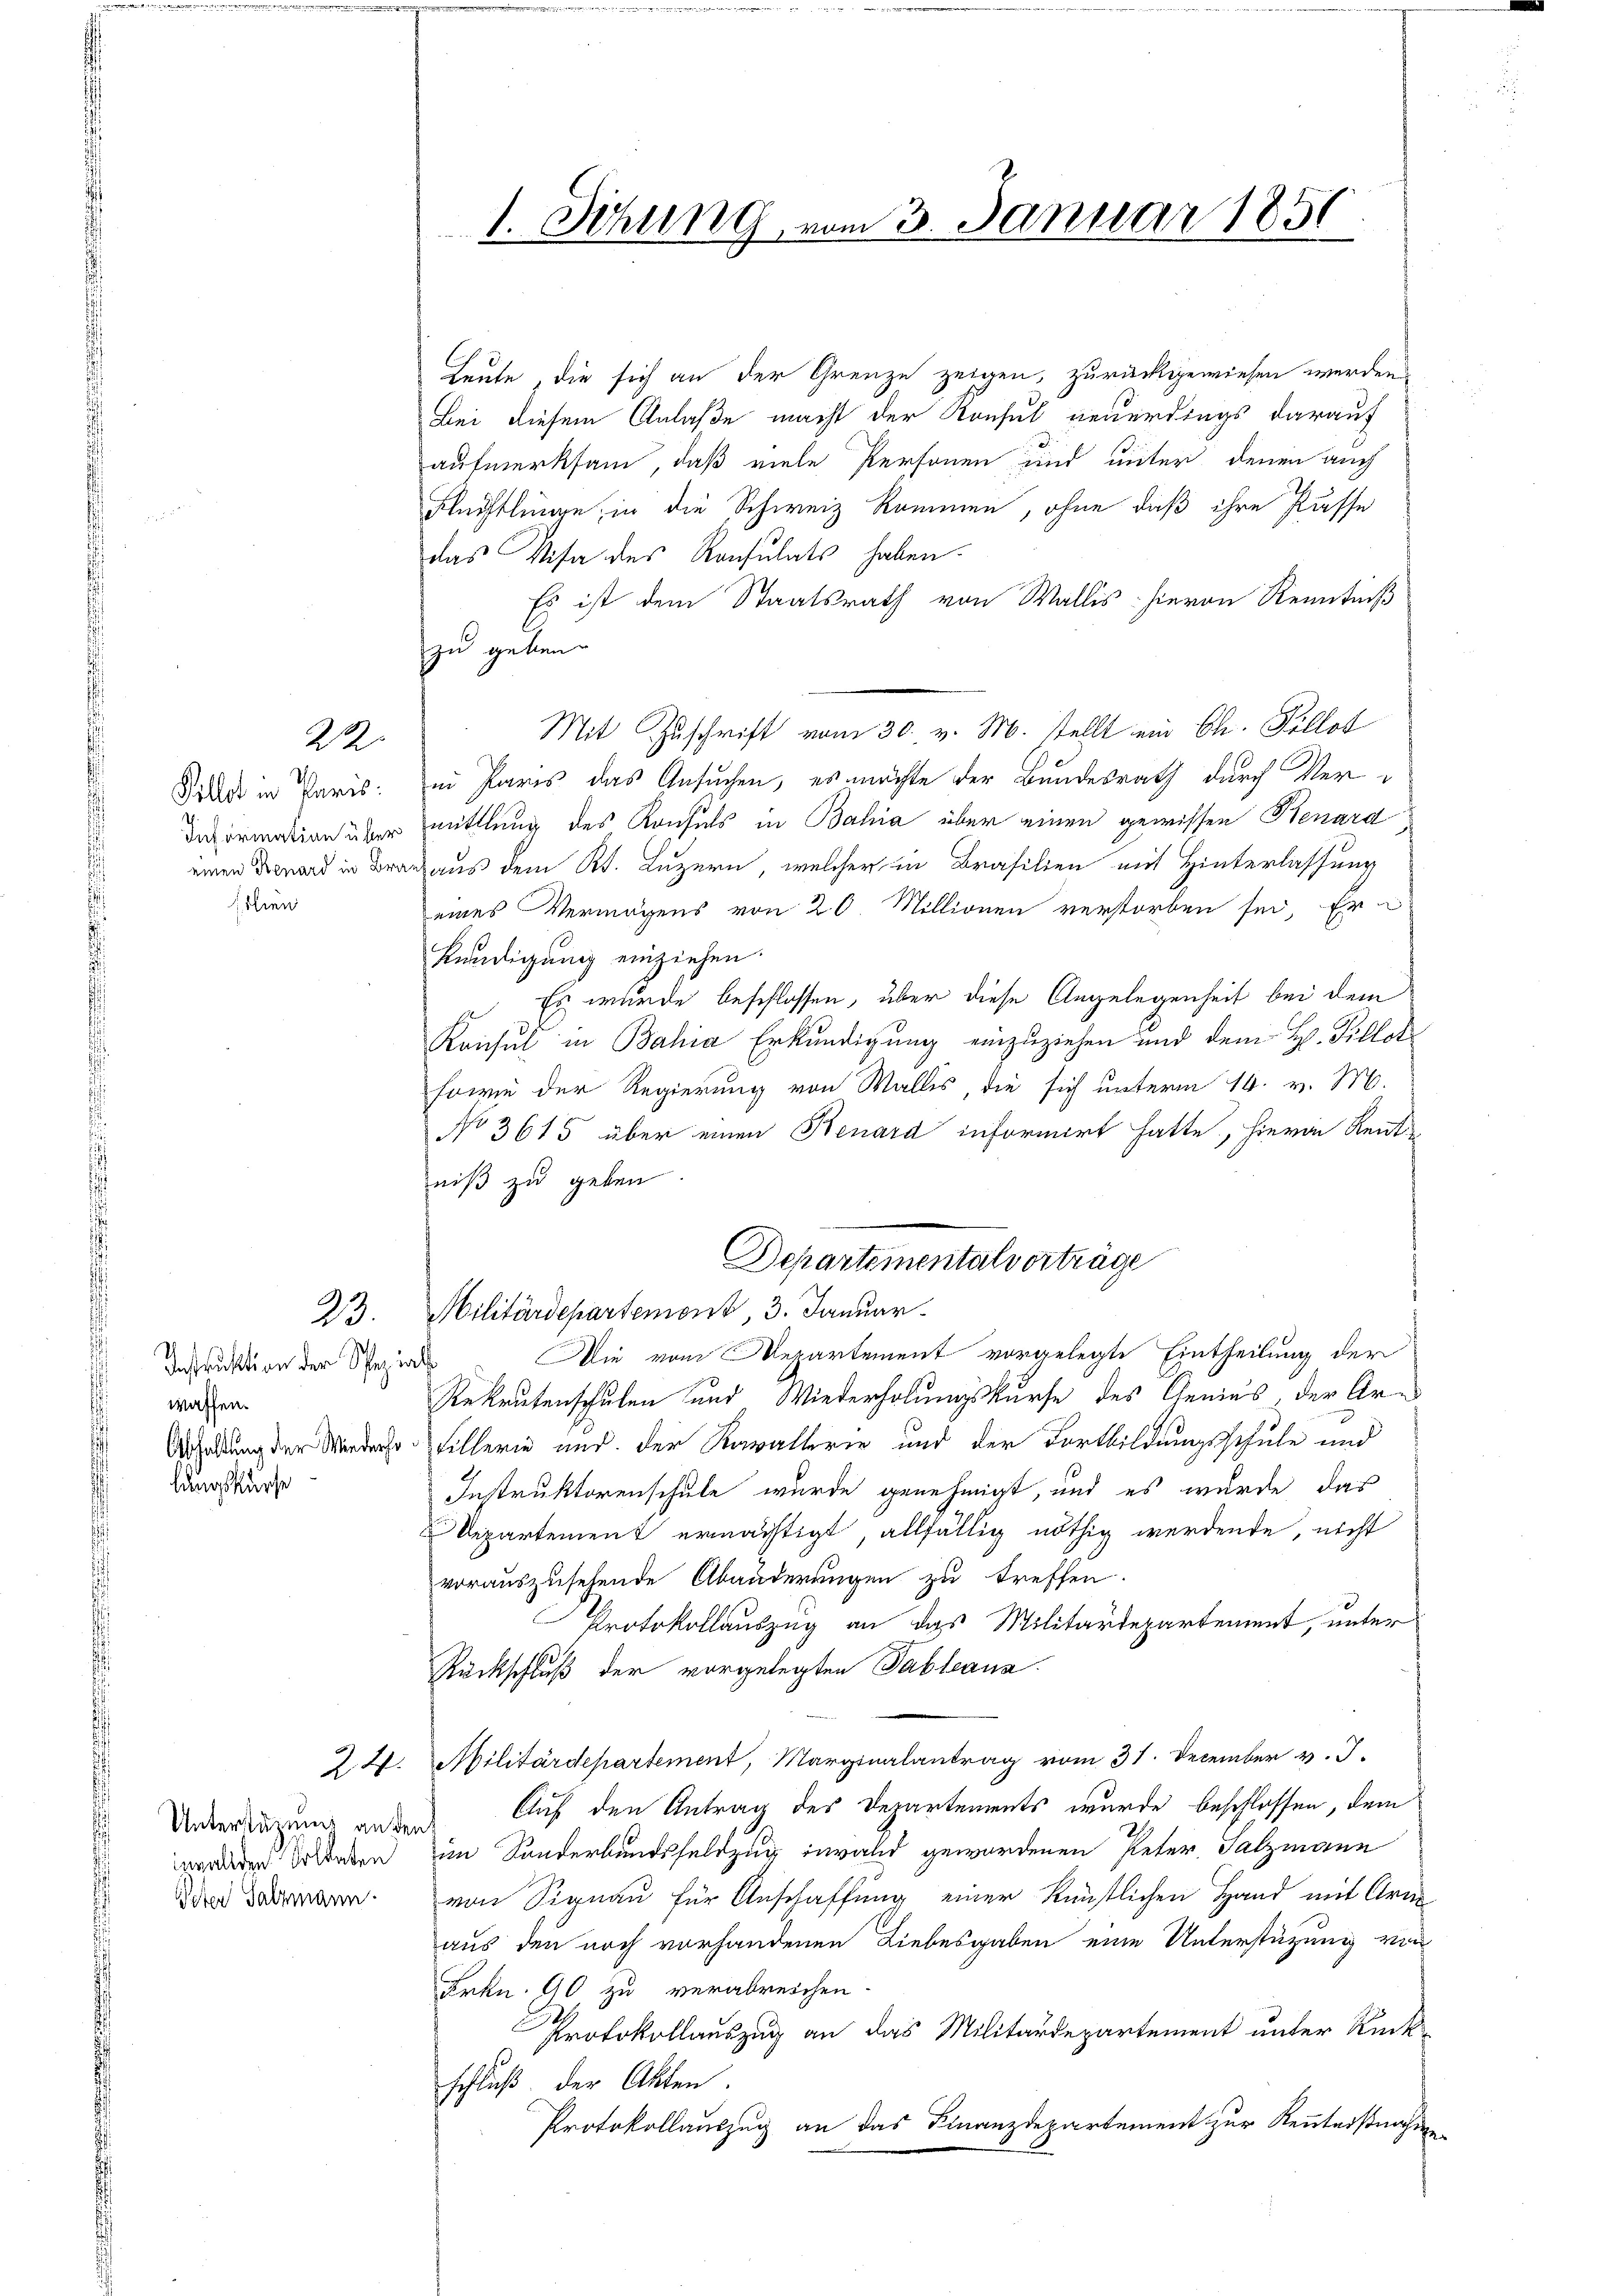
22.

Pillet in Paris
einen Renard in Bra
silien

23.

Instruktion der Spezial
waffen.
lungskurse

Unterstüzung an den
zwalden Soldaten
Peter Salzmann

24.

Leute, die sich an der Grenze zeigen, zurückgewiesen werden
Bei diesem Anlaße macht der Konsul neuerdings darauf
aufmerksam, daß viele Personen und unter denen auch
Flüchtlinge, in die Schweiz kommen, ohne daß ihre Kusse
das Visa des Konsulats haben.
Es ist dem Staatsrath von Wallis hievon Kenntniß
zu geben.
Mit Zuschrift vom 30. v. M. stellt ein Ch. Sillot
.
in Paris das Ansuchen, es möchte der Bundesrath durch Ver¬
Devormation über mittlung des Konsuls in Bahia über einen gewissen Benard
d aus dem Kt. Luzern, welcher in Brasilien mit Hinterlassung
eines Vermögens von 20. Millionen verstorben sei, Er
kündigung einziehen.
Es wurde beschlossen, über diese Angelegenheit bei dem
Konsul in Bahia Erkundigung einzuziehen und dem H. Fillot
sowie der Regierung von Wallis, die sich unterm 14. v. M.
No 3615 über einen Benard informirt hatte, hierin Rentniß zu geben.
Die vom Repartement vorgelegte Eintheilung der
Rekrutenschulen und Wiederholungskurse des Genius der Ar¬
Aadung der Werde so fillerin und der Rawallerie und der Fortbildungsschule und
Instruktorenschule wurde genehmigt, und es wurde das
Departement ermächtigt, allfällig nöthig werdende, nicht
vorauszusehende Abänderungen zu treffen.
Protokollauszug an das Militärdepartement, unter
Rückschluß der vorgelegten Tableana.
Militärdepartement, Marginalantrag vom 31. December v. J.
Auf den Antrag des Departements wurde beschlossen, dem
im Sonderbundsfeldzug invalid gewordenen Peter Salzmann
von Signau für Anschaffung einer Künstlichen Hand mit Arm
aus den noch vorhandenen Liebesgaben eine Unterstützung von
Frkn. 90 zu verabreichen.
Protokollauszug an das Militärdepartement unter Rückschluß der Akten.
Protokollauszug an das Finanzdepartement zur Kenntnisnahme

1. Sitzung, vom 3. Januar 1851
-

Departementalverträge
Militärdepartemont, 3. Januar.